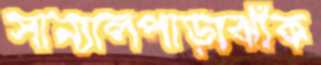
সান্যালপাড়াঝাঁক